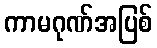
ကာမဂုဏ်အပြစ်